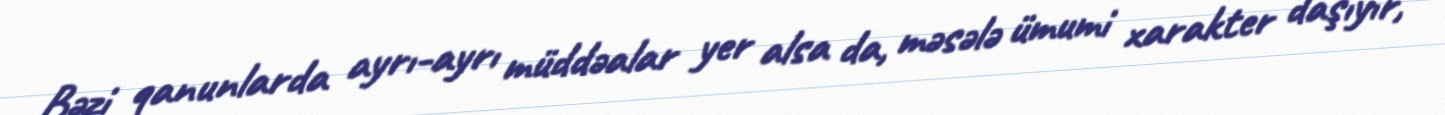
Bəzi qanunlarda ayrı-ayrı müddəalar yer alsa da, məsələ ümumi xarakter daşıyır,